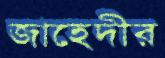
জাহেদীর